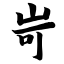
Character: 岢